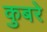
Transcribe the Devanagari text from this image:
कुबरे